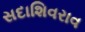
સદાશિવરાવ